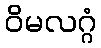
ဝိမလဂ္ဂံ